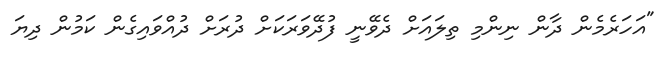
"އަހަރެމެން ދާން ނިންމި ތިލައަށް ދެވޭނީ ފުދޭވަރަކަށް ދުރަށް ދުއްވައިގެން ކަމުން ދިޔަ